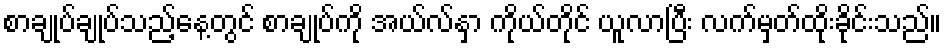
စာချုပ်ချုပ်သည့်နေ့တွင် စာချုပ်ကို အယ်လ်နှာ ကိုယ်တိုင် ယူလာပြီး လက်မှတ်ထိုးခိုင်းသည်။